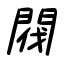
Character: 閥